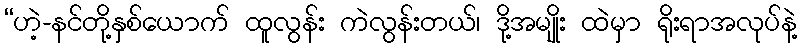
“ဟဲ့-နင်တို့နှစ်ယောက် ထူလွန်း ကဲလွန်းတယ်၊ ဒို့အမျိုး ထဲမှာ ရိုးရာအလုပ်နဲ့